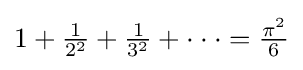
{\textstyle 1+{\frac {1}{2^{2}}}+{\frac {1}{3^{2}}}+\cdot \cdot \cdot ={\frac {\pi ^{2}}{6}}}